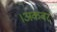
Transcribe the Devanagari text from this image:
।अकबर